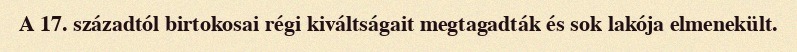
A 17. századtól birtokosai régi kiváltságait megtagadták és sok lakója elmenekült.